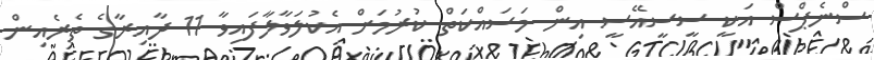
ސްނެޕްސް އަކީ ސީސީއޭސީ އިން މަސައްކަތް ކުރުމަށް އެކުލަވާލާފައިވާ 11 ދާއިރާގެ ތެރެއިން